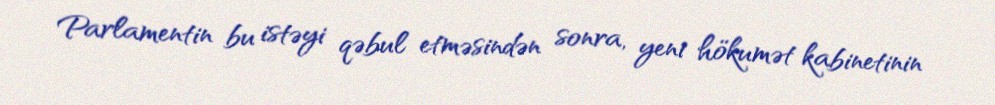
Parlamentin bu istəyi qəbul etməsindən sonra, yeni hökumət kabinetinin